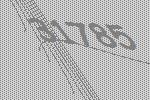
31785